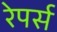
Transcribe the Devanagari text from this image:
रेपर्स